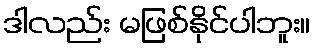
ဒါလည်း မဖြစ်နိုင်ပါဘူး။